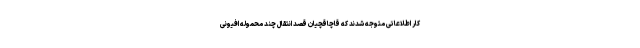
کار اطلاعاتی متوجه شدند که قاچاقچیان قصد انتقال چند محموله افیونی